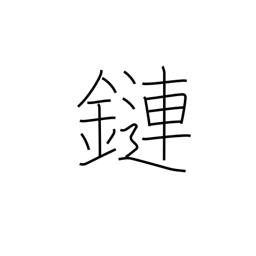
Meaning: connection